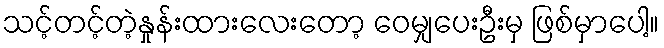
သင့်တင့်တဲ့နှုန်းထားလေးတော့ ဝေမျှပေးဦးမှ ဖြစ်မှာပေါ့။